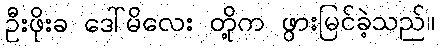
ဦးဖိုးခ ဒေါ်မိလေး တို့က ဖွားမြင်ခဲ့သည်။